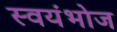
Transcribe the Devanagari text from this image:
स्वयंभोज